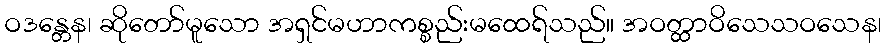
ဝဒန္တေန၊ ဆိုတော်မူသော အရှင်မဟာကစ္စည်းမထေရ်သည်။ အဝတ္ထာဝိသေသဝသေန၊